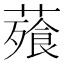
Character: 薞